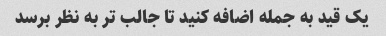
یک قید به جمله اضافه کنید تا جالب تر به نظر برسد